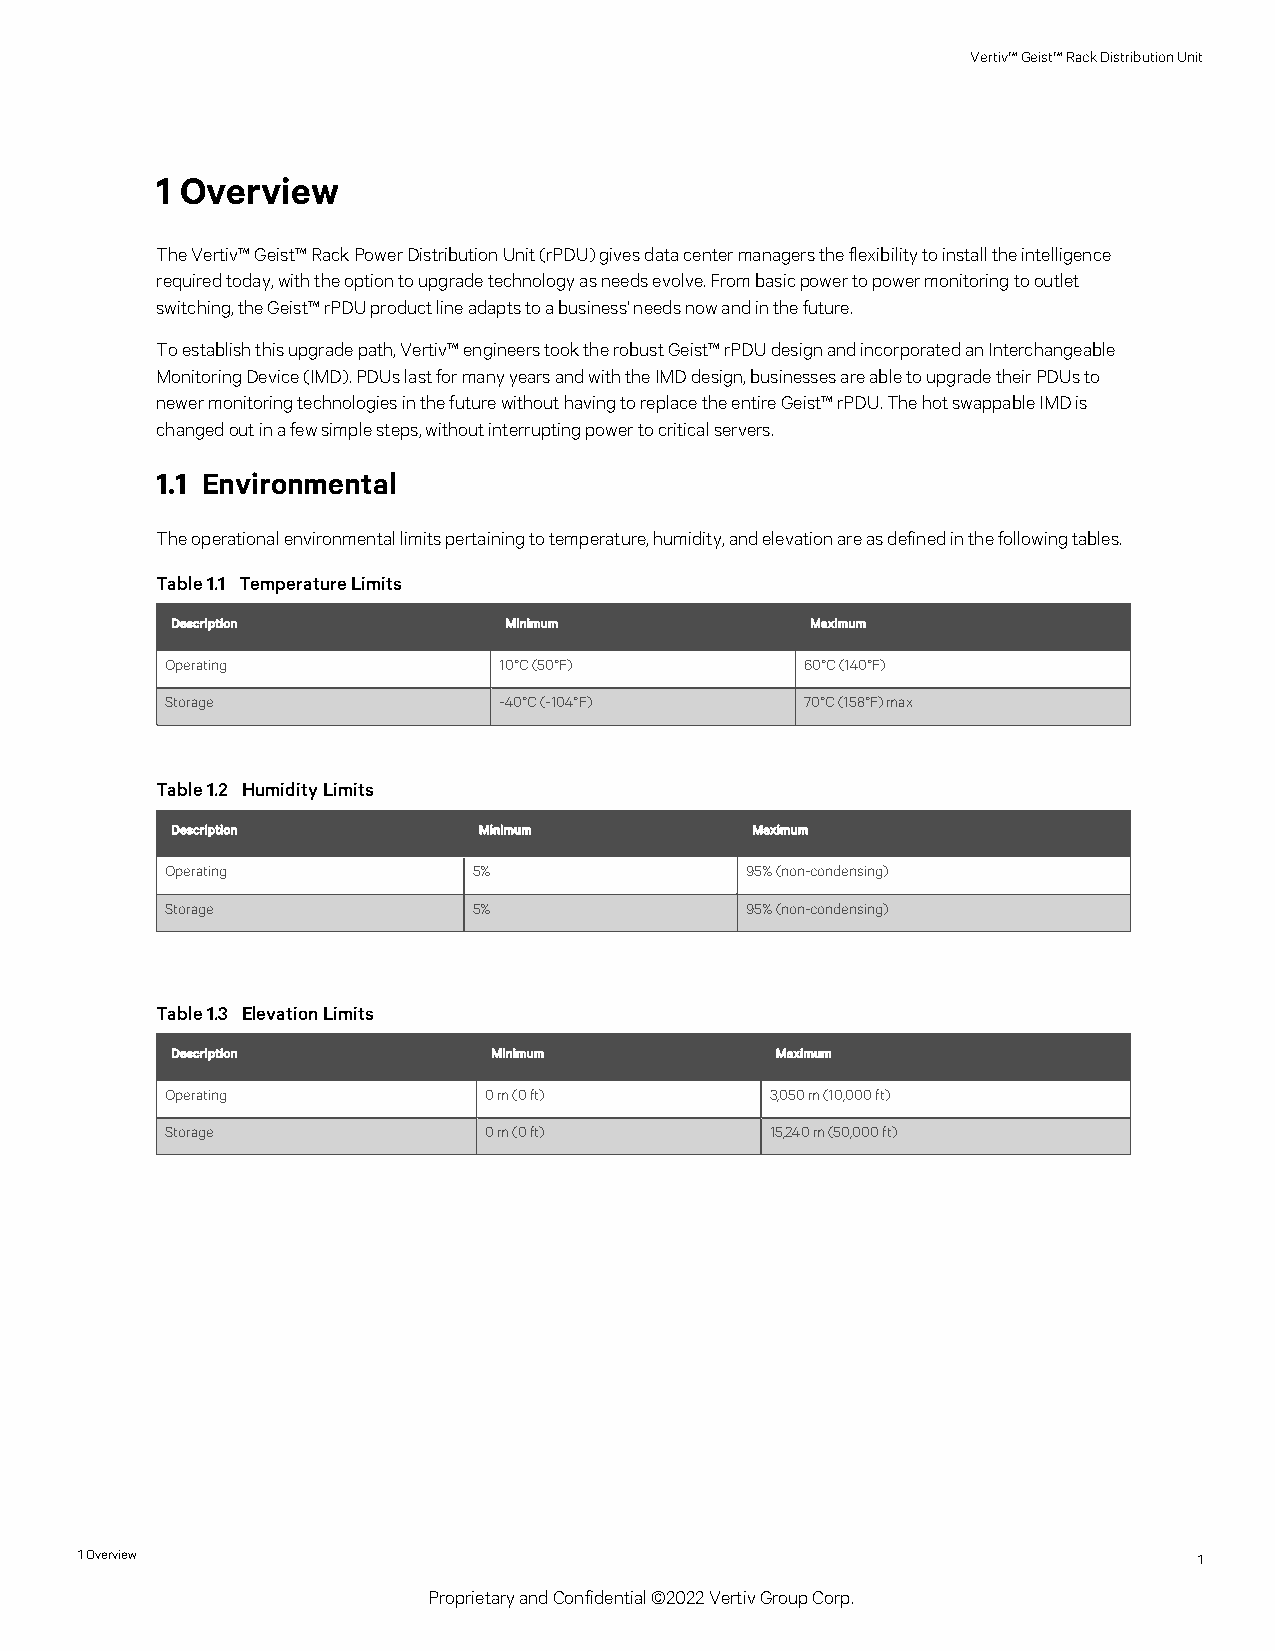
Vertiv™Geist™RackDistributionUnit
 1 Overview
 TheVertiv™Geist™RackPowerDistributionUnit(rPDU)givesdatacentermanagerstheflexibilitytoinstalltheintelligence
 requiredtoday,withtheoptiontoupgradetechnologyasneedsevolve.Frombasicpowertopowermonitoringtooutlet
 switching,theGeist™rPDUproductlineadaptstoabusiness'needsnowandinthefuture.
 Toestablishthisupgradepath,Vertiv™engineerstooktherobustGeist™rPDUdesignandincorporatedanInterchangeable
 MonitoringDevice(IMD).PDUslastformanyyearsandwiththeIMDdesign,businessesareabletoupgradetheirPDUsto
 newermonitoringtechnologiesinthefuturewithouthavingtoreplacetheentireGeist™rPDU.ThehotswappableIMDis
 changedoutinafewsimplesteps,withoutinterruptingpowertocriticalservers.
 1.1 Environmental
 Theoperationalenvironmentallimitspertainingtotemperature,humidity,andelevationareasdefinedinthefollowingtables.
 Table1.1 TemperatureLimits
 Description           Minimum              Maximum
 Operating             10°C(50°F)          60°C(140°F)
 Storage               -40°C(-104°F)       70°C(158°F)max
 Table1.2 HumidityLimits
 Description          Minimum           Maximum
 Operating           5%                95%(non-condensing)
 Storage             5%                95%(non-condensing)
 Table1.3 ElevationLimits
 Description           Minimum           Maximum
 Operating            0m(0ft)            3,050m(10,000ft)
 Storage              0m(0ft)            15,240m(50,000ft)
 1Overview                                                                 1
 ProprietaryandConfidential©2022VertivGroupCorp.